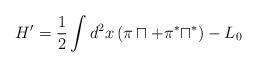
LaTeX: \begin{align*}H'=\frac{1}{2}\int d^2x\, (\pi\sqcap+\pi^\ast\sqcap^\ast)- L_0\end{align*}